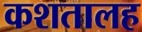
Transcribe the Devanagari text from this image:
कशतालह